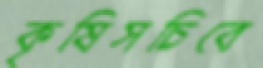
কৃষিসচিবে